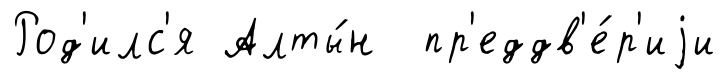
Род'илс'я Алты́н пр'еддв'е́р'иjи